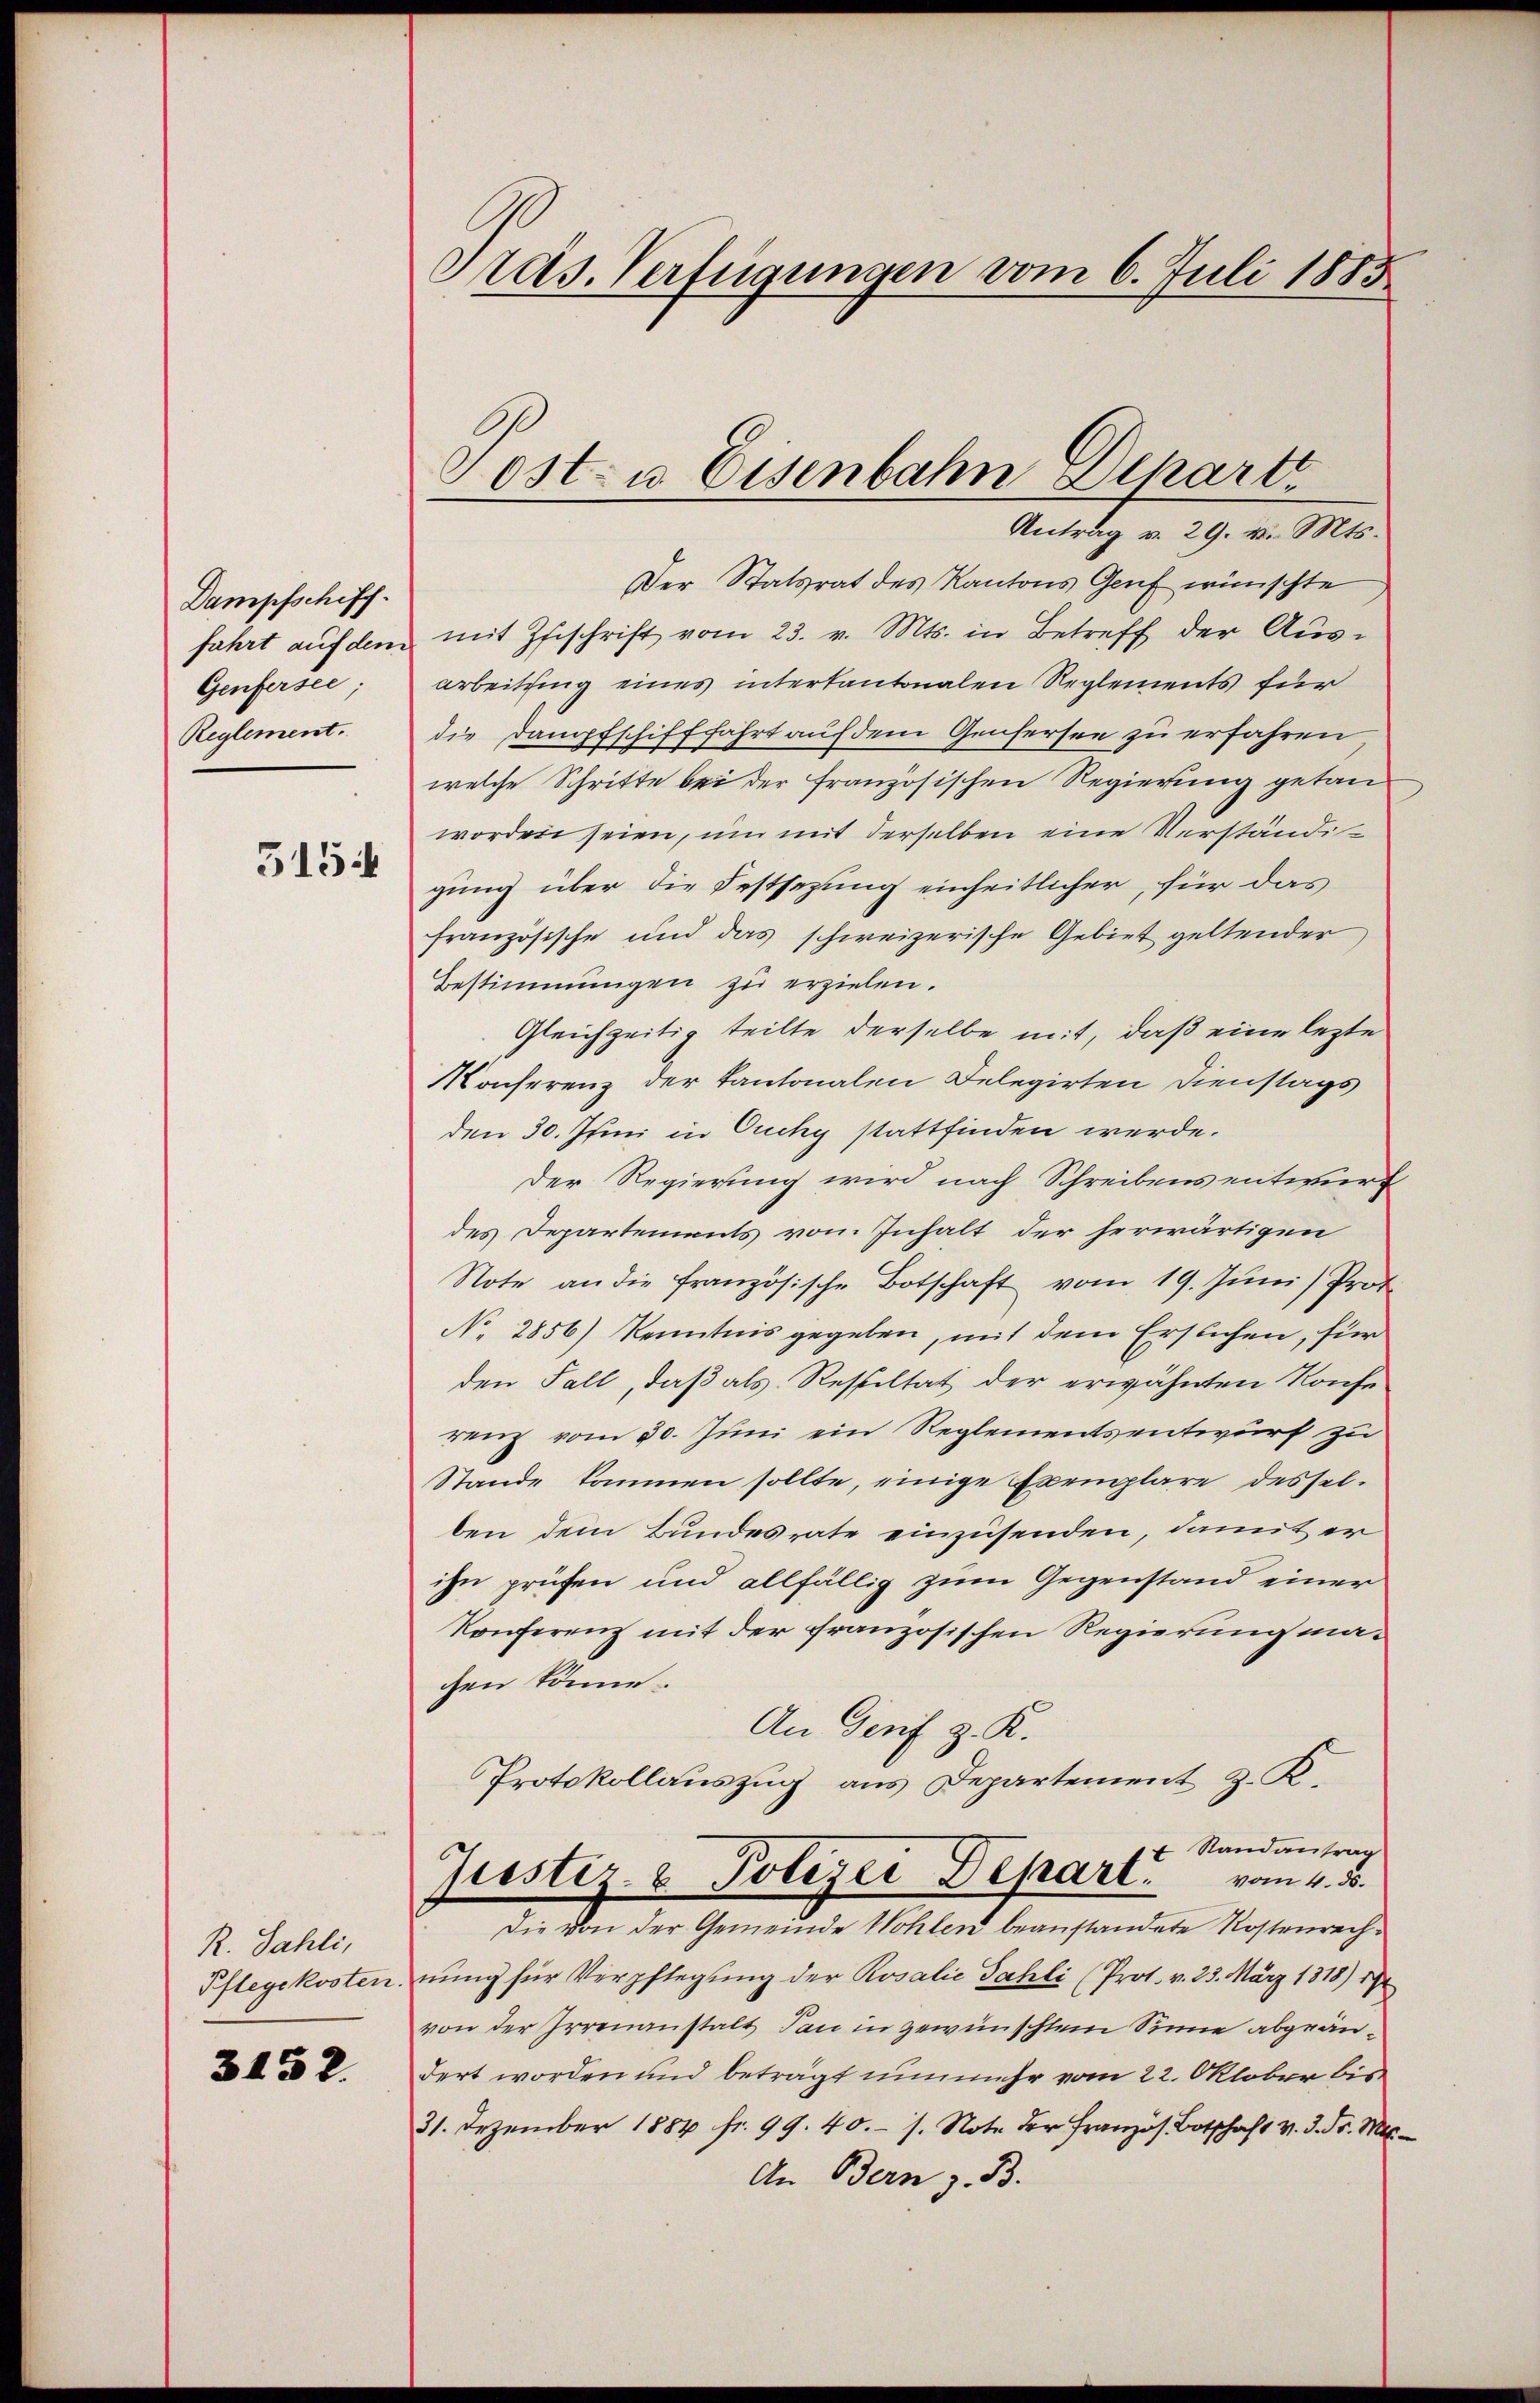
Dampfschiff.
Genfersee;
Reglement.

515.

R. Sahli,
Pflegekosten.

3152.

Prais. Verfügungen vom 6. Juli 1885

Der Statsrat des Kantons Genf wünschte
fahrt aŭf dem mit Zuschrift vom 23. v. Mts. in Betreff der Ausarbeitsing eines interkantonalen Reglements für
die Dampfschifffahrt auf dem Genfersen zu erfahren
welche Schritte bei der französischen Regierung getan
worden seien, um mit derselben eine Verständigung über die Festsezung einheitlicher, für das
französische und das schweizerische Gebiet geltender
Bestimmungen zu erzielen.
Gleichzeitig teilte derselbe mit, daß eine lezte
Konferenz der Kantonalen Delegirten Dienstags
den 30. Juni in Ouchy stattfinden werde.
Der Regierung wird nach Schreibens entwurf
des Departements vom Inhalt der herwärtigen
Note an die französische Botschaft vom 19. Juni Prof.
No. 2856) Kenntnis gegeben, mit dem Ersuchen, für
den Fall, daß als Resultat der erwähnten Konferenz vom 30. Juni ein Reglementsentwurf zu
Stande kommen sollte, einige Exemplare desselben dem Bundesrate einzusenden, damit er
ihn prüfen und allfällig zum Gegenstand einer
Konferenz mit der französischen Regierung machen könne.
An Genf z. K.
Protokollauszug aus Departement z. K.
f Randantrag
Justiz- & Polizei Depart. vom 4. ds.
Die von der Gemeinde Wohlen beanstandete Kostenrechnung für Verpflegung der Rosalie Fahli (Prot. v. 23. März 1318) 1
von der Irrenanstalt dan in gewünschtem Sinne abgeändert worden und beträgt nunmehr vom 22. Oktober bis
31. Dezember 1884 fr. 99. 40. s. Note der Französ. Botschaft v. 3. Fr. Mts.
An Bern z. B.

Sost- u Eisenbahn Depart
Antrag v. 29. v. Mts.